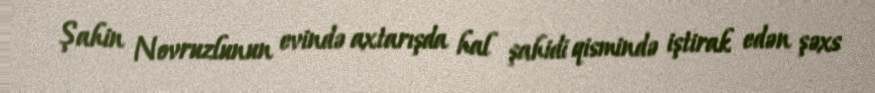
Şahin Novruzlunun evində axtarışda hal şahidi qismində iştirak edən şəxs